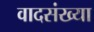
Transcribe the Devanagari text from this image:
वादसंख्या